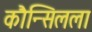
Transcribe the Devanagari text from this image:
कौन्सिलला